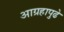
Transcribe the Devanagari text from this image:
आग्रहापुढे